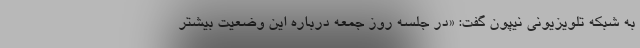
به شبکه تلویزیونی نیپون گفت: «در جلسه روز جمعه درباره این وضعیت بیشتر